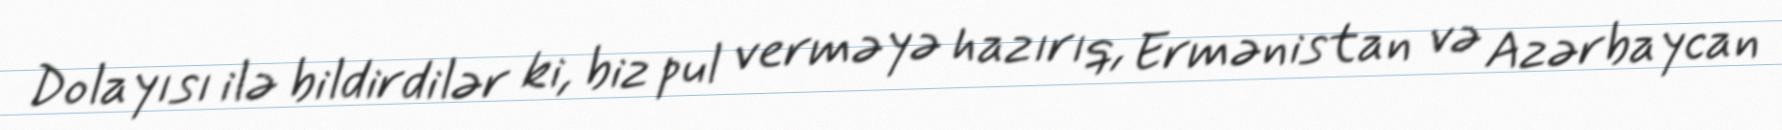
Dolayısı ilə bildirdilər ki, biz pul verməyə hazırıq, Ermənistan və Azərbaycan